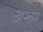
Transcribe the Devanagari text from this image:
अम्लम